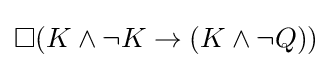
\Box (K\land \lnot K\to (K\land \lnot Q))